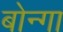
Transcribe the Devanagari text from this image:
बोन्‍गा